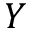
Y